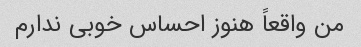
من واقعاً هنوز احساس خوبی ندارم